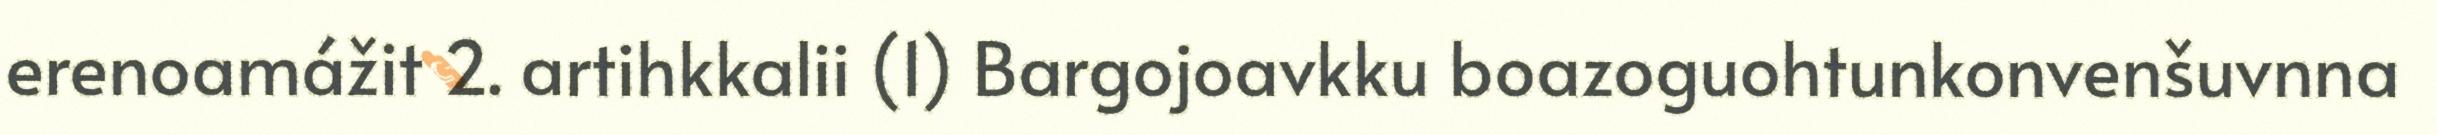
erenoamážit 2. artihkkalii (1) Bargojoavkku boazoguohtunkonvenšuvnna